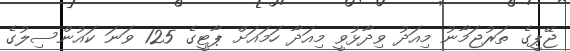
ޖޭޕީގެ ތަރުޖަމާނު މިއަދު ވިދާޅުވީ މިއަދާ ހަމައަށް ޕާޓީގެ 125 ވަނަ ކައުންސިލުގެ